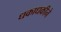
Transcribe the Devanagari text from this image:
धकाधकीने